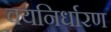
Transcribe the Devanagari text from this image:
वयनिर्धारण